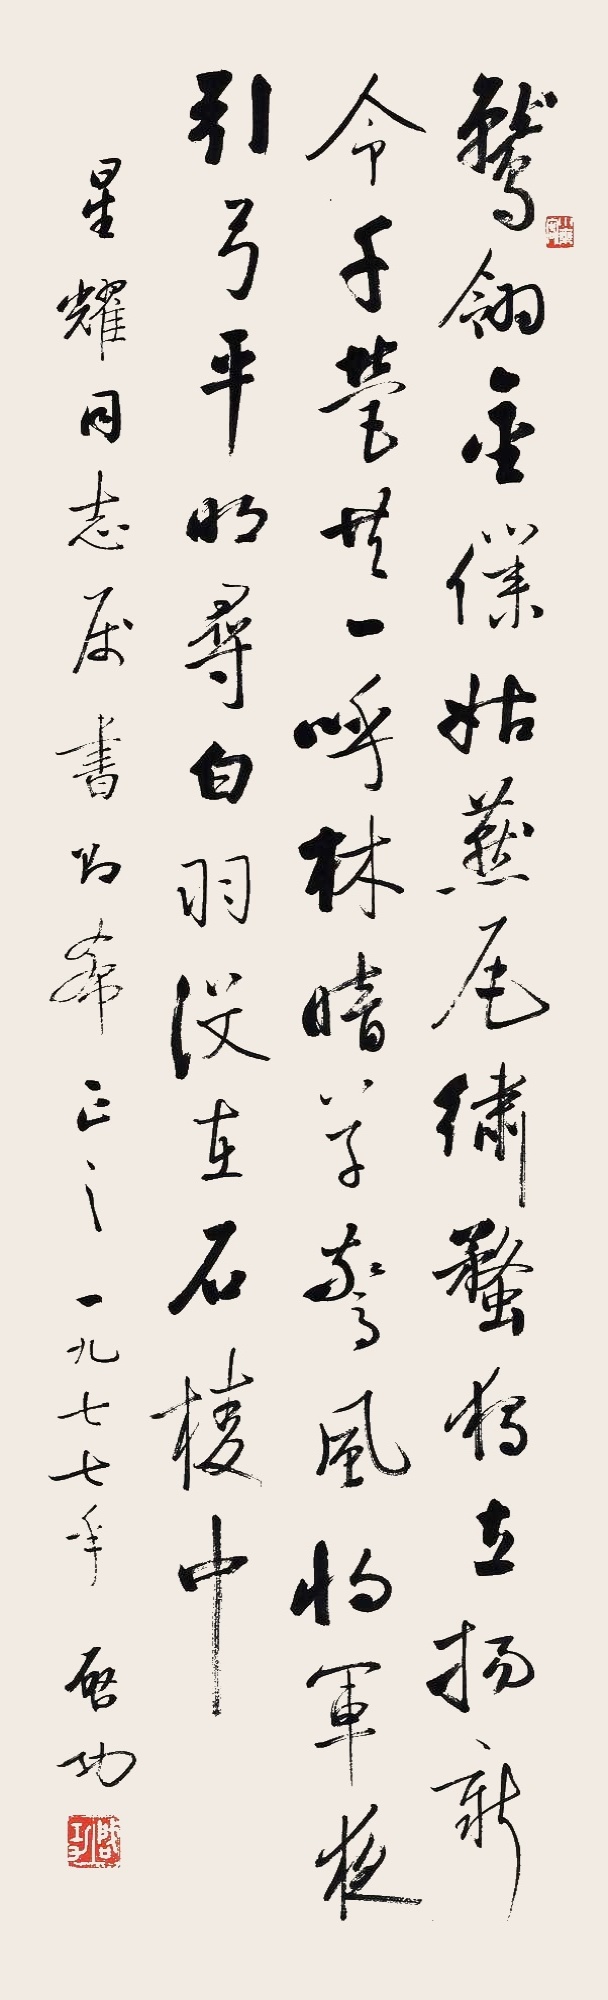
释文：鹫翎金仆姑，燕尾绣蝥。独立扬新令，千营共一呼。林暗草惊风，将军夜引弓。平明寻白羽，没在石棱中。星耀同志属书即希正之。一九七七年，启功。